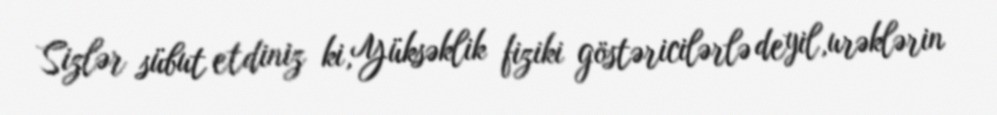
Sizlər sübut etdiniz ki,Yüksəklik fiziki göstəricilərlə deyil,urəklərin